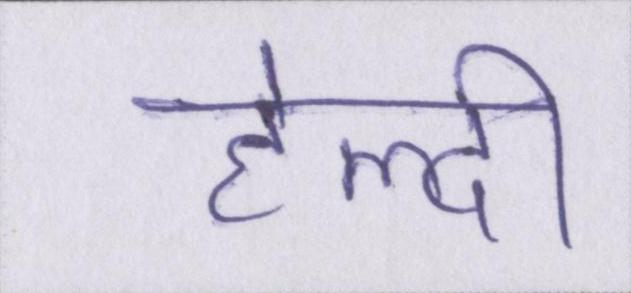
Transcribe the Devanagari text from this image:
हेल्दी